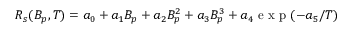
R _ { s } ( B _ { p } , T ) = a _ { 0 } + a _ { 1 } B _ { p } + a _ { 2 } B _ { p } ^ { 2 } + a _ { 3 } B _ { p } ^ { 3 } + a _ { 4 } \mathrm { ~ e ~ x ~ p ~ } ( - a _ { 5 } / T )